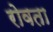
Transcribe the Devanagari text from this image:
रोवता